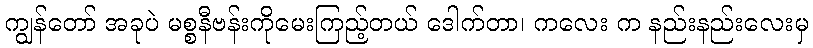
ကျွန်တော် အခုပဲ မစ္စနီဗန်းကိုမေးကြည့်တယ် ဒေါက်တာ၊ ကလေး က နည်းနည်းလေးမှ